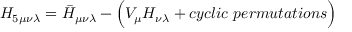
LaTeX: H _ { 5 \mu \nu \lambda } = \bar { H } _ { \mu \nu \lambda } - \Bigl ( V _ { \mu } H _ { \nu \lambda } + c y c l i c ~ p e r m u t a t i o n s \Bigr )